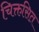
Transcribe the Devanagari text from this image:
चिक्तसित